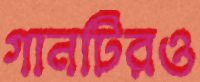
গানটিরও